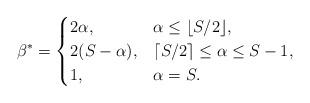
LaTeX: \begin{align*}\beta^* = \begin{cases}2\alpha, &\alpha \leq \lfloor S/2 \rfloor, \\2(S-\alpha), &\lceil S/2 \rceil \leq \alpha \leq S-1, \\1, & \alpha = S.\end{cases}\end{align*}